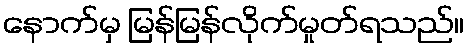
နောက်မှ မြန်မြန်လိုက်မှုတ်ရသည်။